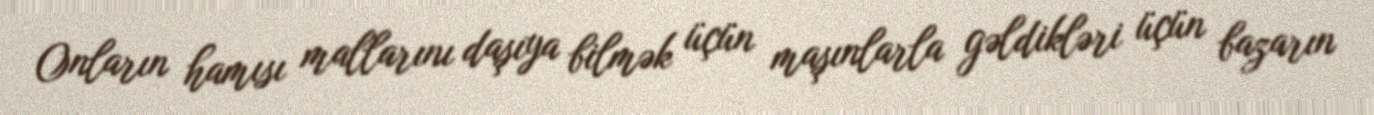
Onların hamısı mallarını daşıya bilmək üçün maşınlarla gəldikləri üçün bazarın